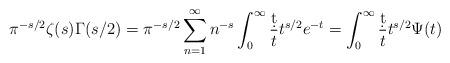
LaTeX: \begin{align*}\pi^{-s/2}\zeta(s)\Gamma(s/2)=\pi^{-s/2}\sum_{n=1}^\infty{n}^{-s}\int_0^\infty\frac{\d{t}}{t}t^{s/2}e^{-{t}}=\int_0^\infty\frac{\d{t}}{t}t^{s/2}\Psi(t)\end{align*}